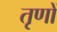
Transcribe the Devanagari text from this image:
तृणों